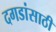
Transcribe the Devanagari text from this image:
दगडांसाठी